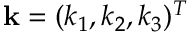
{ \bf k } = ( k _ { 1 } , k _ { 2 } , k _ { 3 } ) ^ { T }